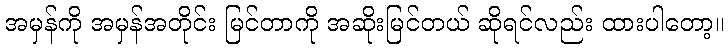
အမှန်ကို အမှန်အတိုင်း မြင်တာကို အဆိုးမြင်တယ် ဆိုရင်လည်း ထားပါတော့။